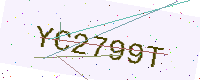
Text: YC2799T